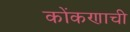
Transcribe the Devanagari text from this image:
कोंकणाची